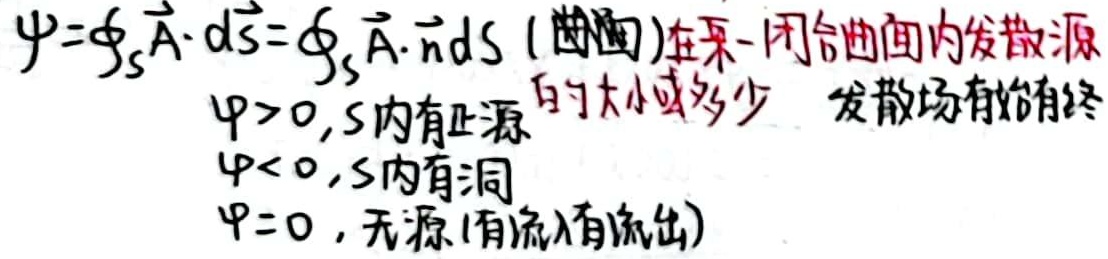
\(\varPsi =\underset{S}{ \oint }\vec{A}\cdot {\rm d}\vec{S}=\underset{S}{ \oint }\vec{A}\cdot \vec{n}{\rm d}S\) (曲面)在某一闭合曲面内发散源
的大小或多少 发散场有始有终
\(\varPsi>0,S\)内有正源
\(\varPsi<0,S\)内有洞
\(\varPsi = 0\)，无源(有流入有流出)